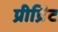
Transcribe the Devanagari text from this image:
प्रीप्रिंट